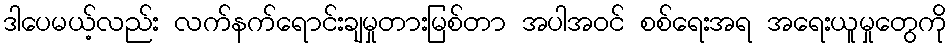
ဒါပေမယ့်လည်း လက်နက်ရောင်းချမှုတားမြစ်တာ အပါအဝင် စစ်ရေးအရ အရေးယူမှုတွေကို